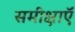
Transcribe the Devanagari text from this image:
समीक्षाऍं